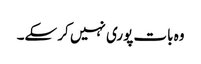
وہ بات پوری نہیں کر سکے۔